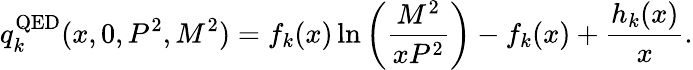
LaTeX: q_{k}^{\mathrm{QED}}(x,0,P^{2},M^{2})=f_{k}(x)\ln\left(\frac{M^{2}}{xP^{2}}\right)-f_{k}(x)+\frac{h_{k}(x)}{x}.